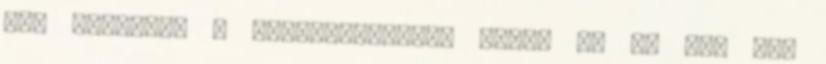
Aki megsérti a törvényeinket, annak le is út, fel